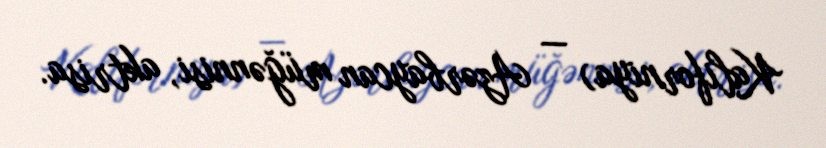
Kaliforniya) — Azərbaycan müğənnisi, aktrisa.